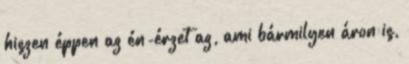
hiszen éppen az én-érzet az, ami bármilyen áron is,